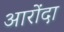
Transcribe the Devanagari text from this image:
आरोंदा